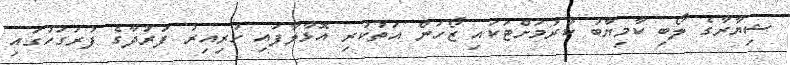
ޝިޔާރާގެ ލޯބި ކާމިޔާބު ކުރުމަށްޓަކައި ޒޯހަން އަތުކުރި އޮޅާލާފައި ހުރިއިރު ފަރުދާގެ ފުރަގަހުގައި